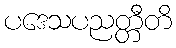
ပဒေသပညတ္တီတိ